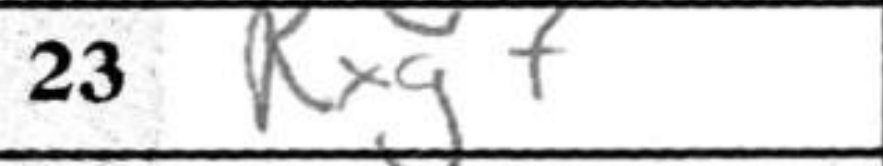
Transcription: Rxg7